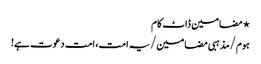
⋆ مضامین ڈاٹ کام
ہوم/مذہبی مضامین/یہ امت، امت دعوت ہے!